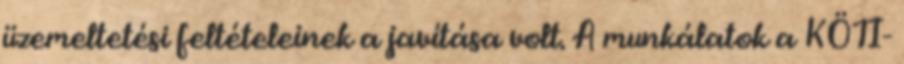
üzemeltetési feltételeinek a javítása volt. A munkálatok a KÖTI-